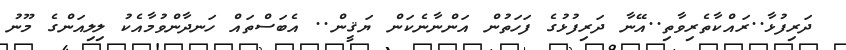
ދަރިފުޅާ..ރައްކާތެރިވާތި..އޭނާ ދަރިފުޅުގެ ފަހަތުން އަންނާނެކަން ޔަޤީން.. އެބަސްތައް ހަނދާންވުމާއެކު ލިލިއަންގެ މޫނު